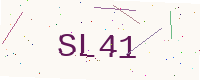
Text: SL41